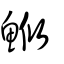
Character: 䱔